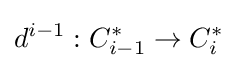
d^{i-1}:C_{i-1}^{*}\to C_{i}^{*}